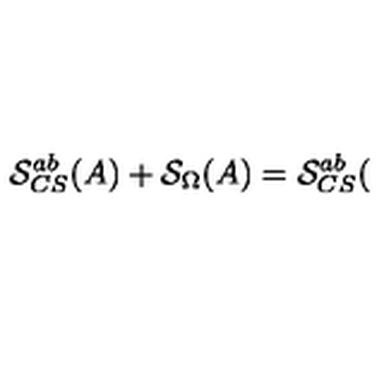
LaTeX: \mathcal { S } _ { C S } ^ { a b } ( A ) + \mathcal { S } _ { \Omega } ( A ) = \mathcal { S } _ { C S } ^ { a b } (